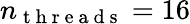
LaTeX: n_{\mathrm{~t~h~r~e~a~d~s~}}=16